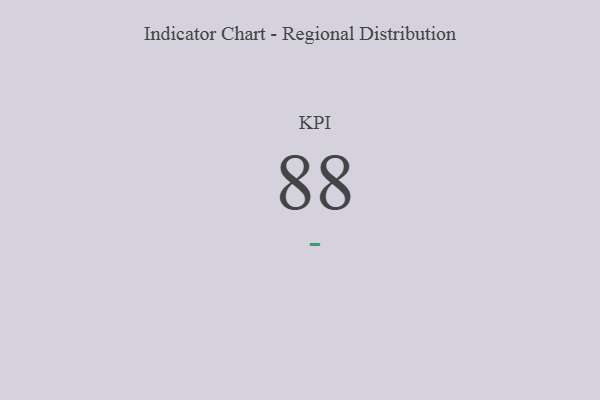
{"axis": {"x": "KPI", "y": "Value"}, "legend": [""], "data": [{"x": "KPI", "y": 88, "type": ""}]}